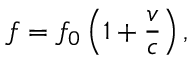
f = f _ { 0 } \left( 1 + { \frac { v } { c } } \right) ,